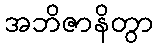
အဘိဇာနိတွာ